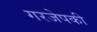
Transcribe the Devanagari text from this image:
गरजेपकी